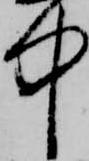
中